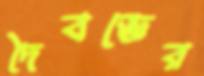
দৈবজ্ঞের